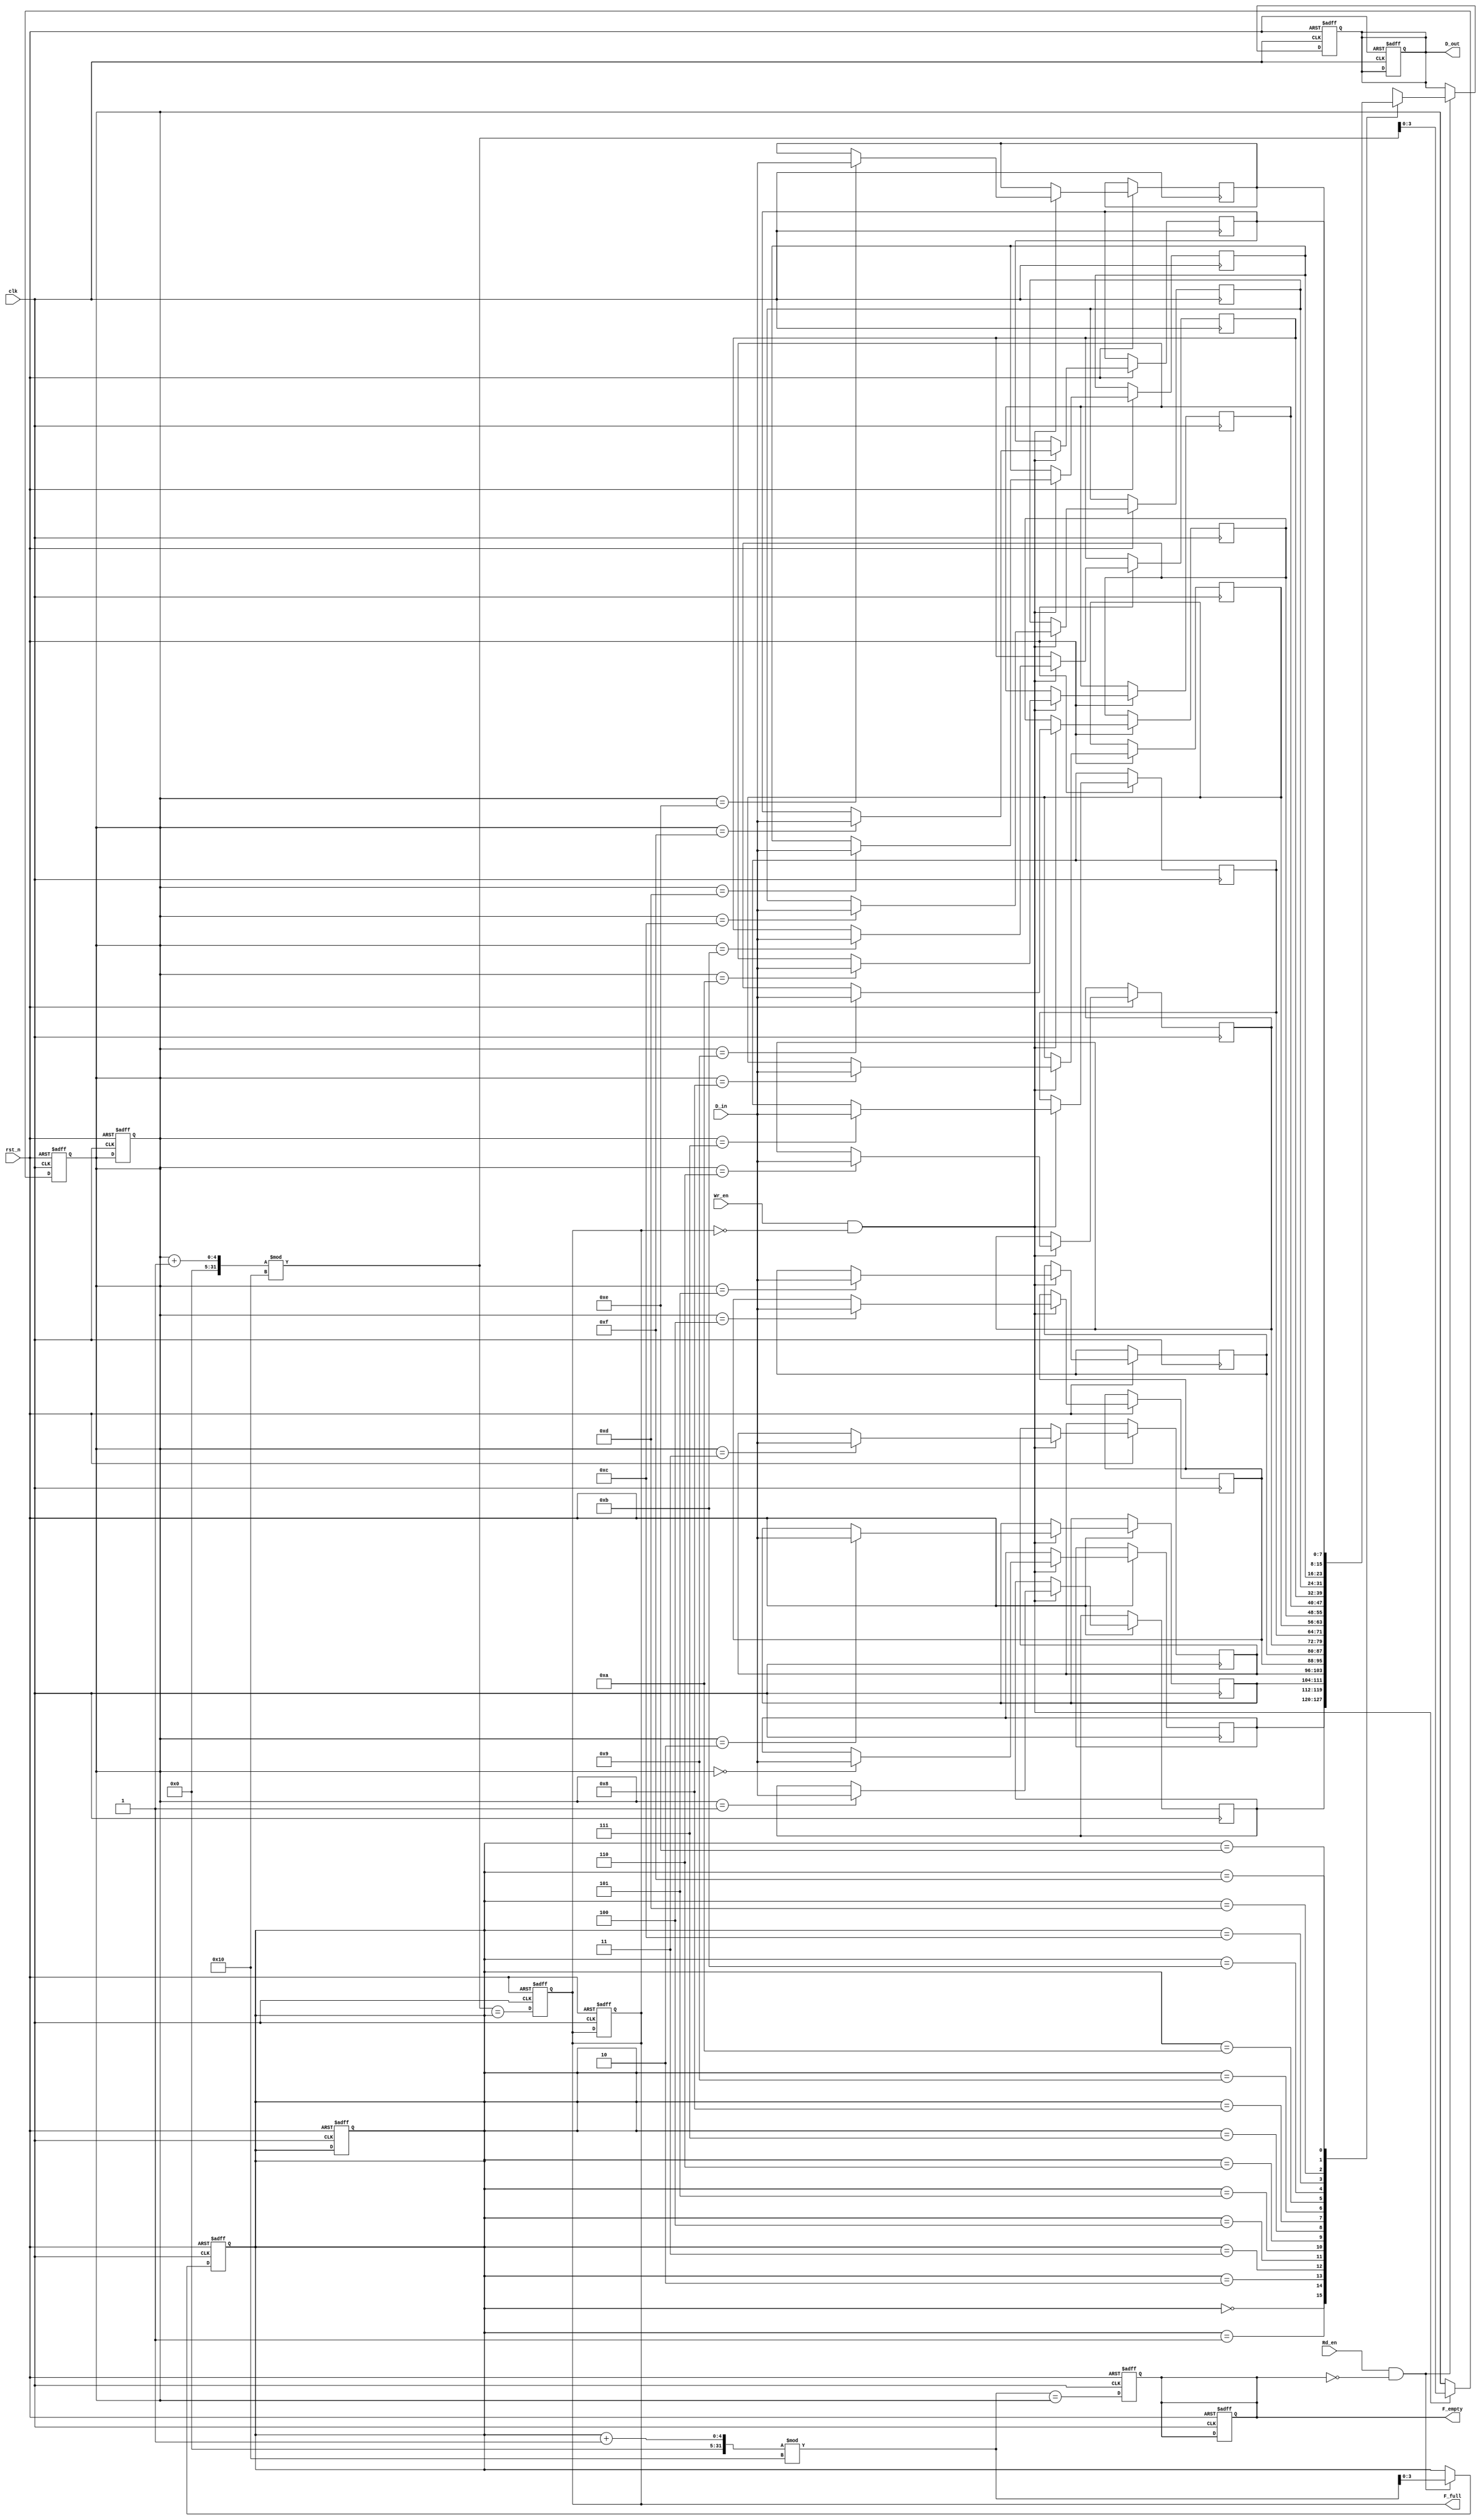
module fifo_sram #(
    parameter DEPTH = 16,  // Number of FIFO entries
    parameter WIDTH = 8     // Width of each entry in bits
)(
    input  wire                 clk,          // Clock signal
    input  wire                 rst_n,        // Active-low reset
    input  wire [WIDTH-1:0]    D_in,         // Data input
    input  wire                 Wr_en,        // Write enable
    input  wire                 Rd_en,        // Read enable
    output reg [WIDTH-1:0]      D_out,        // Data output
    output reg                 F_full,        // Full flag
    output reg                 F_empty        // Empty flag
);

    // Internal Registers
    reg [WIDTH-1:0] mem [0:DEPTH-1];       // Memory array
    reg [$clog2(DEPTH)-1:0] WPtr;           // Write pointer
    reg [$clog2(DEPTH)-1:0] RPtr;           // Read pointer

    // Initial state
    initial begin
        WPtr = 0;
        RPtr = 0;
        F_full = 0;
        F_empty = 1;
        D_out = 0;
    end

    // Write Operation
    always @(posedge clk or negedge rst_n) begin
        if (!rst_n) begin
            WPtr <= 0;
            RPtr <= 0;
            F_full <= 0;
            F_empty <= 1;
            D_out <= 0;
        end else begin
            if (Wr_en && !F_full) begin
                mem[WPtr] <= D_in;  // Write data
                WPtr <= (WPtr + 1) % DEPTH; // Increment and wrap
            end
            // Update full flag
            F_full <= (WPtr + 1) % DEPTH == RPtr;
        end
    end

    // Read Operation
    always @(posedge clk or negedge rst_n) begin
        if (!rst_n) begin
            WPtr <= 0;
            RPtr <= 0;
            F_full <= 0;
            F_empty <= 1;
            D_out <= 0;
        end else begin
            if (Rd_en && !F_empty) begin
                D_out <= mem[RPtr];  // Read data
                RPtr <= (RPtr + 1) % DEPTH; // Increment and wrap
            end
            // Update empty flag
            F_empty <= (RPtr + 1) % DEPTH == WPtr;
        end
    end

endmodule